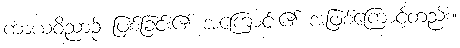
ကာယဝိညာဉ် ဖြစ်ခြင်း၏ အကြောင်း၏ အဖြစ်ကြောင့်တည်း။